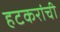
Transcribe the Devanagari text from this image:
हटकरांची